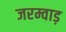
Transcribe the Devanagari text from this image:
जरम्वाड़